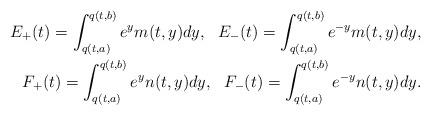
LaTeX: \begin{align*}E_+(t)=\int_{q(t,a)}^{q(t,b)}e^y m(t,y)dy,~~E_-(t)=\int_{q(t,a)}^{q(t,b)}e^{-y} m(t,y)dy,\\F_+(t)=\int_{q(t,a)}^{q(t,b)}e^y n(t,y)dy,~~F_-(t)=\int_{q(t,a)}^{q(t,b)}e^{-y} n(t,y)dy.\end{align*}